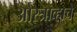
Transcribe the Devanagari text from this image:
ओस्त्राव्हाचे